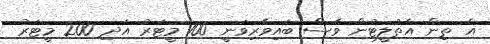
އެ ތިން އެތުލީޓުން ވެސް ބައިވެރިވަނީ 100 މީޓަރު އަދި 200 މީޓަރު